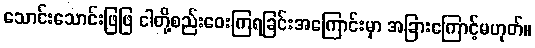
သောင်းသောင်းဖြဖြ ငါတို့စည်းဝေးကြရခြင်းအကြောင်းမှာ အခြားကြောင့်မဟုတ်။